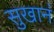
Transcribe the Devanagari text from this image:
सुखानं